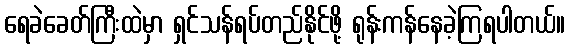
ရေခဲခေတ်ကြီးထဲမှာ ရှင်သန်ရပ်တည်နိုင်ဖို့ ရုန်းကန်နေခဲ့ကြရပါတယ်။